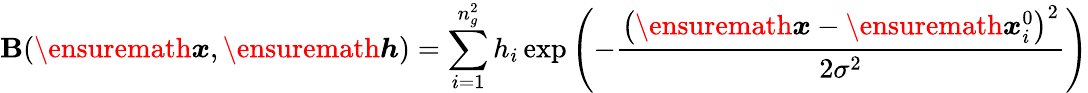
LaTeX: \mathbf{B}(\ensuremath{{\boldsymbol{{x}}}},\ensuremath{{\boldsymbol{h}}})=\sum_{i=1}^{n_{g}^{2}}h_{i}\exp\left(-\frac{{\left(\ensuremath{{\boldsymbol{{x}}}}-\ensuremath{{\boldsymbol{{x}}}}_{i}^{0}\right)^{2}}}{{2\sigma^{2}}}\right)